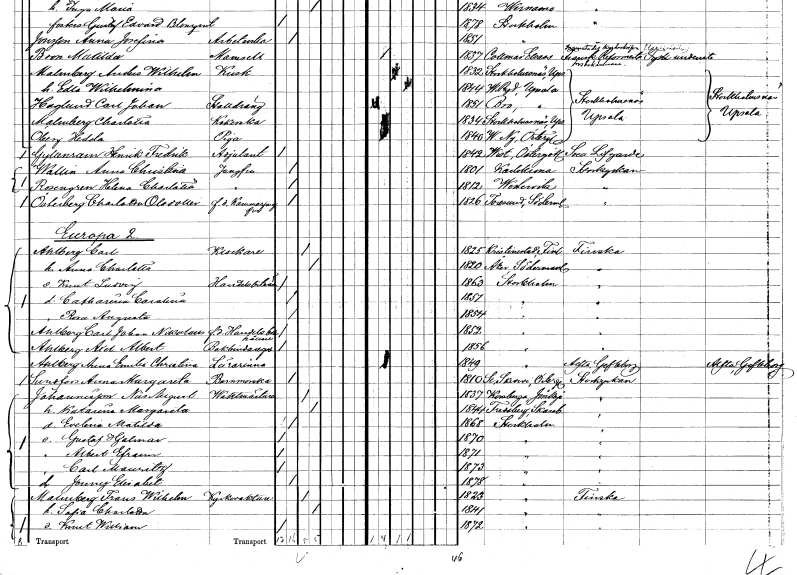
gt_parse: households: individuals: FN: Henrik Fredrik
EN: Gyllenram
YRKE: Adjunkt
KON: M
CIV: O
FODAR: 1842
FODFORS: Vist Östergötlands län
FN: Anna Christina
EN: Wallin
YRKE: Jungfru
KON: K
CIV: O
FODAR: 1801
FODFORS: Karlskrona Blekinge län
FN: Helena Charlotta
EN: Rosengren
YRKE: Jungfru
KON: K
CIV: O
FODAR: 1812
FODFORS: Västervik Kalmar län
FN: Charlotta
EN: Österberg Olsdotter
YRKE: Kammarjungfru f.d.
KON: K
CIV: O
FODAR: 1826
FODFORS: Toresund Södermanlands län
FN: Carl
EN: Ahlberg
YRKE: Klockare
KON: M
CIV: G
FODAR: 1825
FN: Anna Charlotta
KON: K
CIV: G
FODAR: 1820
FODFORS: Åker Södermanlands län
FN: Knut Ludvig
YRKE: Handelsbiträde
KON: M
CIV: O
FODAR: 1863
FODFORS: Stockholm
FN: Catharina Carolina
KON: K
CIV: O
FODAR: 1851
FODFORS: Stockholm
FN: Rosa Augusta
KON: K
CIV: O
FODAR: 1854
FODFORS: Stockholm
FN: Carl Johan Nikoland
EN: Ahlberg
YRKE: Handelsbokhållare f.d.
KON: M
CIV: O
FODAR: 1852
FODFORS: Stockholm
FN: Axel Albert
EN: Ahlberg
YRKE: Bokbindaregesäll
KON: M
CIV: O
FODAR: 1856
FODFORS: Stockholm
FN: Anna Emilia Christina
EN: Ahlberg
YRKE: Lärarinna
KON: K
CIV: O
FODAR: 1849
FODFORS: Stockholm
FN: Anna Margareta
EN: Sundfors
YRKE: Barnmorska
KON: K
CIV: O
FODAR: 1810
FODFORS: Skedevi Östergötlands län
FN: Nils August
EN: Johannesson
YRKE: Vaktmästare
KON: M
CIV: G
FODAR: 1837
FODFORS: Korsberga Jönköpings län
FN: Katarina Margareta
KON: K
CIV: G
FODAR: 1844
FODFORS: Fredsberg Skaraborgs län
FN: Evelina Matilda
KON: K
CIV: O
FODAR: 1868
FODFORS: Stockholm
FN: Gustaf Hjalmar
KON: M
CIV: O
FODAR: 1870
FODFORS: Stockholm
FN: Albert Efraim
KON: M
CIV: O
FODAR: 1871
FODFORS: Stockholm
FN: Carl Mauritz
KON: M
CIV: O
FODAR: 1873
FODFORS: Stockholm
FN: Jenny Elisabet
KON: K
CIV: O
FODAR: 1878
FODFORS: Stockholm
FN: Frans Wilhelm
EN: Malmberg
YRKE: Kyrkvakt
KON: M
CIV: G
FODAR: 1823
FODFORS: Stockholm
FN: Sofia Charlotta
KON: K
CIV: G
FODAR: 18441
FODFORS: Stockholm
FN: Knut Wilhelm
KON: M
CIV: O
FODAR: 1872
FODFORS: Stockholm